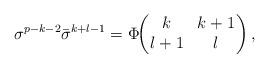
LaTeX: \begin{align*}\sigma^{p-k-2} \bar{\sigma}^{k+l-1} =\Phi\!\!\left(\!\!\begin{array}{cc} k& k+1\\ l+1& l \end{array}\!\! \right),\end{align*}